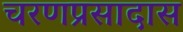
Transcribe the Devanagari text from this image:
चरणप्रसादास